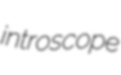
introscope